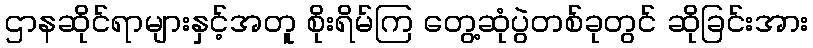
ဌာနဆိုင်ရာများနှင့်အတူ စိုးရိမ်ကြ တွေ့ဆုံပွဲတစ်ခုတွင် ဆိုခြင်းအား